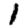
Digit: 1